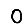
Digit: 0